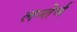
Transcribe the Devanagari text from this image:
लन्तेर्न